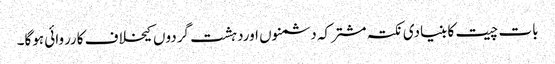
بات چیت کا بنیادی نکتہ مشترکہ دشمنوں اوردہشت گردوں کیخلاف کارروائی ہوگا۔